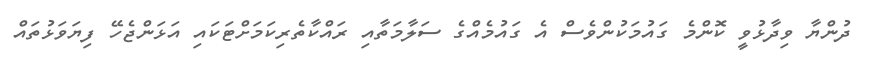
ދުންޔާ ވިދާޅުވީ ކޮންމެ ގައުމަކުންވެސް އެ ގައުމެއްގެ ސަލާމަތާއި ރައްކާތެރިކަމަށްޓަކައި އަޅަންޖެހޭ ފިޔަވަޅުތައް